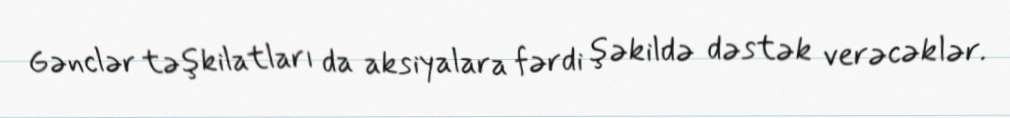
Gənclər təşkilatları da aksiyalara fərdi şəkildə dəstək verəcəklər.